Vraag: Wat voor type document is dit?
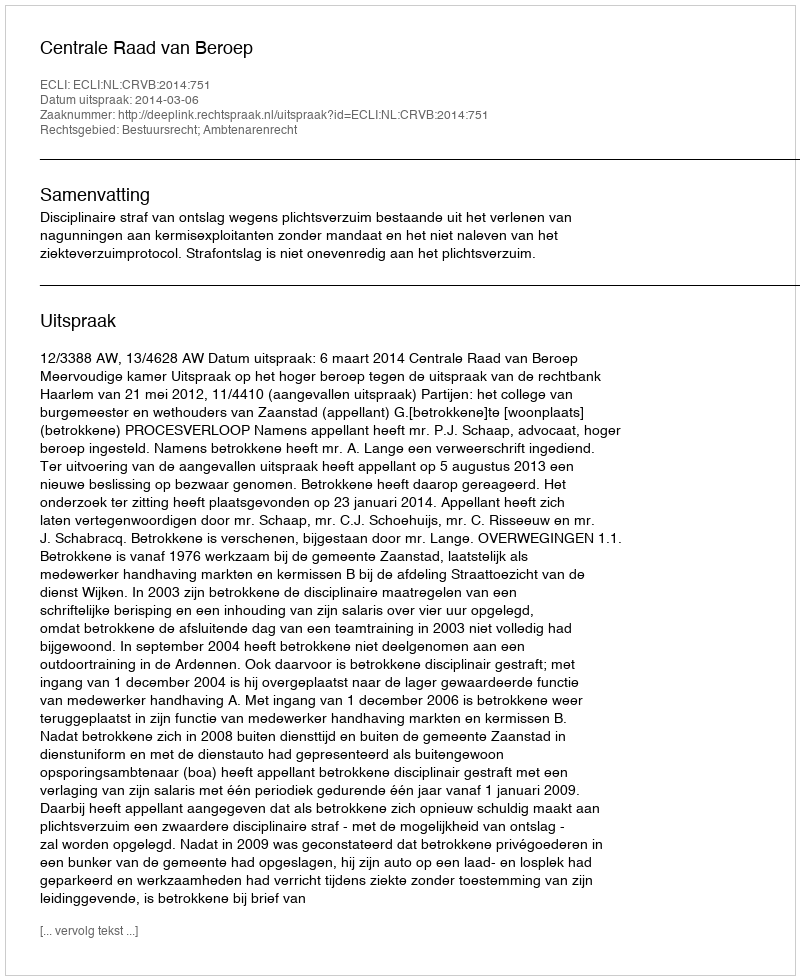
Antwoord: Uitspraak